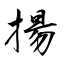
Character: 揚